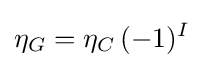
\eta _{G}=\eta _{C}\,(-1)^{I}